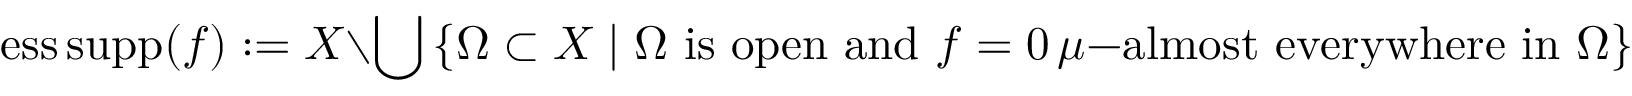
\operatorname { e s s \, s u p p } ( f ) : = X \setminus \bigcup \left\{ \Omega \subset X \mid \Omega { \mathrm { ~ i s ~ o p e n ~ a n d ~ } } f = 0 \, \mu { \mathrm { - a l m o s t ~ e v e r y w h e r e ~ i n ~ } } \Omega \right\} .